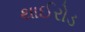
થાઈરોડ